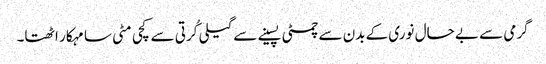
گرمی سے بے حال نوری کے بدن سے چمٹی پسینے سے گیلی کُرتی سے کچی مٹی سا مہکار اٹھتا۔